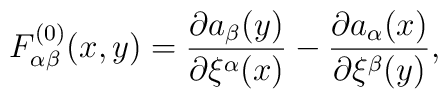
F^{(0)}_{\alpha\beta} (x,y) = \frac{\partial a_\beta(y)}             {\partial\xi^{\alpha}(x)} -         \frac{\partial a_\alpha(x)}{\partial \xi^\beta(y)},